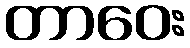
တာဝေး